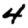
Digit: 4